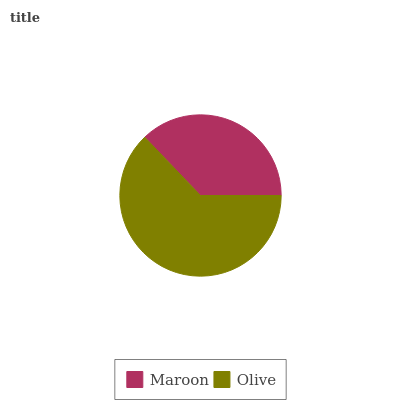
| Maroon | Olive |
 | --- | --- |
 | 37.1% | 62.9% |